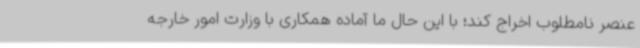
عنصر نامطلوب اخراج کند؛ با این حال ما آماده همکاری با وزارت امور خارجه